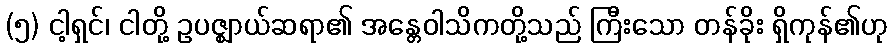
(၅) ငါ့ရှင်၊ ငါတို့ ဥပဇ္ဈာယ်ဆရာ၏ အန္တေဝါသိကတို့သည် ကြီးသော တန်ခိုး ရှိကုန်၏ဟု